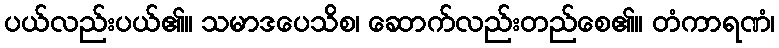
ပယ်လည်းပယ်၏။ သမာဒပေသိစ၊ ဆောက်လည်းတည်စေ၏။ တံကာရဏံ၊